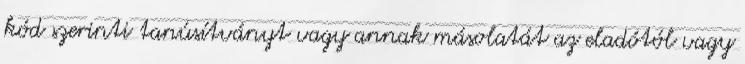
kód szerinti tanúsítványt vagy annak másolatát az eladótól vagy